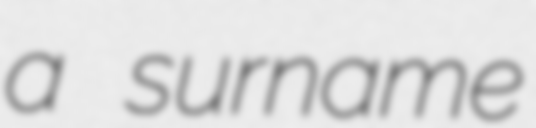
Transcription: a surname